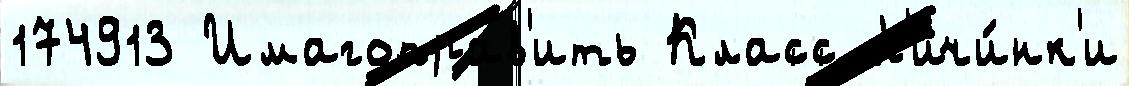
174913 Имагоправ'ить Класс Л'ичи́нк'и